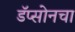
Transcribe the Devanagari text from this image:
डॅप्सोनचा